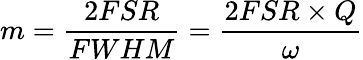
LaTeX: m=\frac{2FSR}{FWHM}=\frac{2FSR\times Q}{\omega}